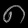
Digit: ၈